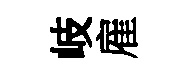
岐雇